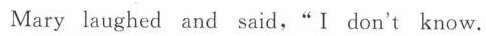
Mary laughed and said,"I don't know.